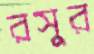
রসুর